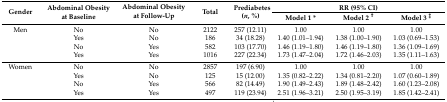
<table><thead><tr><td rowspan="2"><b>Gender</b></td><td rowspan="2"><b>Abdominal Obesity at Baseline</b></td><td rowspan="2"><b>Abdominal Obesity at Follow-Up</b></td><td rowspan="2"><b>Total</b></td><td rowspan="2"><b>Prediabetes (<i>n</i>, %)</b></td><td colspan="3"><b>RR (95% CI)</b></td></tr><tr><td><b>Model 1 *</b></td><td><b>Model 2 <sup>†</sup></b></td><td><b>Model 3 <sup>‡</sup></b></td></tr></thead><tbody><tr><td>Men</td><td>No</td><td>No</td><td>2122</td><td>257 (12.11)</td><td>1.00</td><td>1.00</td><td>1.00</td></tr><tr><td></td><td>Yes</td><td>No</td><td>186</td><td>34 (18.28)</td><td>1.40 (1.01–1.94)</td><td>1.38 (1.00–1.90)</td><td>1.03 (0.69–1.53)</td></tr><tr><td></td><td>No</td><td>Yes</td><td>582</td><td>103 (17.70)</td><td>1.46 (1.19–1.80)</td><td>1.46 (1.19–1.80)</td><td>1.36 (1.09–1.69)</td></tr><tr><td></td><td>Yes</td><td>Yes</td><td>1016</td><td>227 (22.34)</td><td>1.73 (1.47–2.04)</td><td>1.72 (1.46–2.03)</td><td>1.35 (1.11–1.63)</td></tr><tr><td>Women</td><td>No</td><td>No</td><td>2857</td><td>197 (6.90)</td><td>1.00</td><td>1.00</td><td>1.00</td></tr><tr><td></td><td>Yes</td><td>No</td><td>125</td><td>15 (12.00)</td><td>1.35 (0.82–2.22)</td><td>1.34 (0.81–2.20)</td><td>1.07 (0.60–1.89)</td></tr><tr><td></td><td>No</td><td>Yes</td><td>566</td><td>82 (14.49)</td><td>1.90 (1.49–2.43)</td><td>1.89 (1.48–2.42)</td><td>1.60 (1.23–2.08)</td></tr><tr><td></td><td>Yes</td><td>Yes</td><td>497</td><td>119 (23.94)</td><td>2.51 (1.96–3.21)</td><td>2.50 (1.95–3.19)</td><td>1.85 (1.42–2.41)</td></tr></tbody></table>